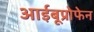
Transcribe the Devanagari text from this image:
आईबूप्रोफेन